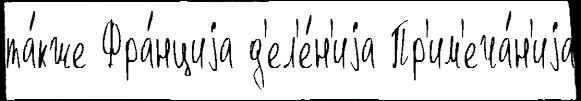
та́кже Фра́нциjа д'ел'е́н'иjа Пр'им'еча́н'иjа